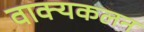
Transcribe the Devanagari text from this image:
वाक्यकलन